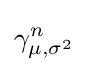
\gamma _{\mu ,\sigma ^{2}}^{n}